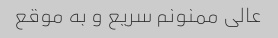
عالی ممنونم سریع و به موقع